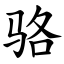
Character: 骆